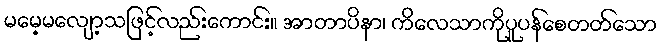
မမေ့မလျော့သဖြင့်လည်းကောင်း။ အာတာပိနာ၊ ကိလေသာကိုပူပန်စေတတ်သော